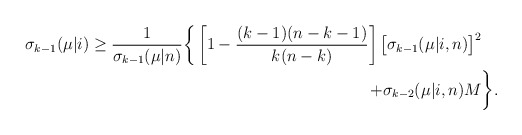
\begin{align*}\sigma_{k-1}(\mu|i)\ge \frac{1}{\sigma_{k-1}(\mu|n)}\bigg\{\left[1-\frac{(k-1)(n-k-1)}{k(n-k)}\right]\big[\sigma_{k-1}(\mu|i,n)\big]^2&\\+\sigma_{k-2}(\mu|i,n)M&\bigg\}.\end{align*}